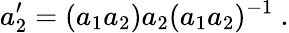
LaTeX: a_{2}^{\prime}=(a_{1}a_{2})a_{2}(a_{1}a_{2})^{-1}~.